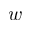
w